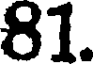
81.